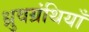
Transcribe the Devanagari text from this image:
ध्रुवग्रंथियाँ